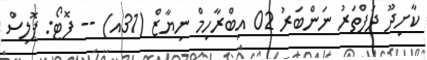
ކާށިދޫ ދަފްތަރު ނަންބަރު 02 އިބްރާހިމް ނިޔާޒް (31އ) -- ފޮޓޯ: ޕޮލިސް